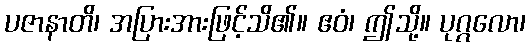
ပဇာနာတိ၊ အပြားအားဖြင့်သိ၏။ ဧဝံ၊ ဤသို့။ ပုဂ္ဂလော၊